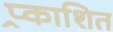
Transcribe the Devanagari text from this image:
प्र्काशित